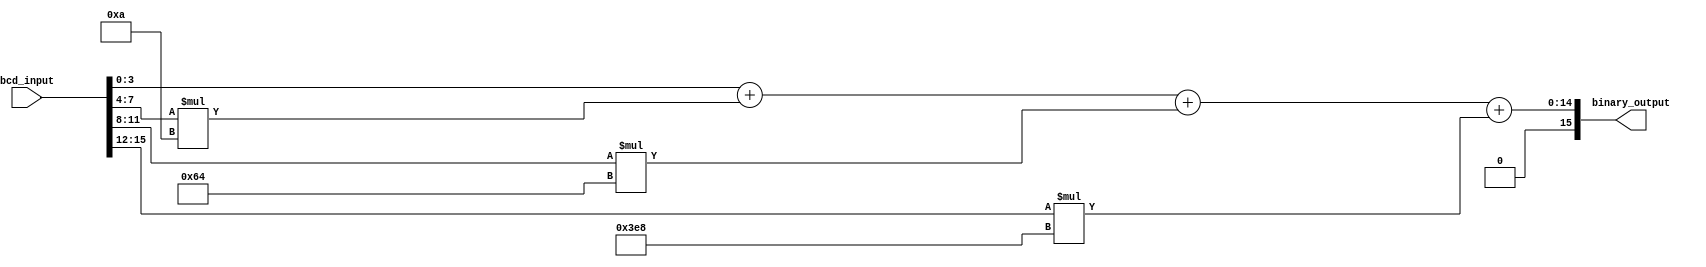
module bcd_to_binary (
  input [15:0] bcd_input,
  output reg [15:0] binary_output
);

  // Temporary variables
  reg [3:0] first_place;
  reg [3:0] second_place;
  reg [3:0] third_place;
  reg [3:0] fourth_place;

  always @* begin
    // Extract the ones and tens places of each BCD digit
    first_place  = bcd_input[3:0];
    second_place = bcd_input[7:4];
    third_place  = bcd_input[11:8];
    fourth_place = bcd_input[15:12];

    // Convert BCD to binary representation
    binary_output = first_place + second_place * 10 + third_place * 100 + fourth_place * 1000;
  end

endmodule